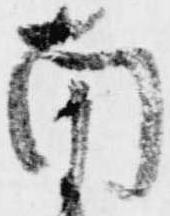
南